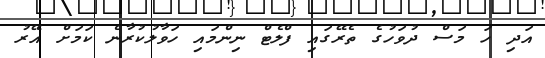
އަދި ހަ މަސް ދުވަހުގެ ތެރޭގައި ފްލެޓް ނިންމައި ހަވާލުކުރާނެ ކަމަށް އޭރު